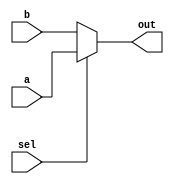
/*

*/
module mux2x1 (

input [31:0] a,
input [31:0] b,
input sel,
output [31:0] out
);

assign out = (sel)?a:b;

endmodule